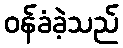
ဝန်ခံခဲ့သည်